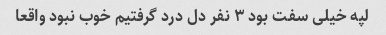
لپه خیلی سفت بود ۳ نفر دل درد گرفتیم خوب نبود واقعا